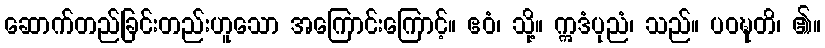
ဆောက်တည်ခြင်းတည်းဟူသော အကြောင်းကြောင့်။ ဧဝံ၊ သို့။ ဣဒံပုညံ၊ သည်။ ပဝဍ္ဎတိ၊ ၏။